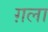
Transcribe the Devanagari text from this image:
ग़ला